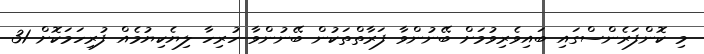
މި ކޮންފަރެންސްގައި ބައިވެރިވުމަށް ބޭނުންވާ ފަރާތްތަކުން ބޭނުންވާ ހުރިހާ ލިޔެކިޔުމެއް ފުރިހަމަކޮށް 31